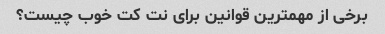
برخی از مهمترین قوانین برای نت کت خوب چیست؟